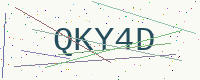
Text: QKY4D